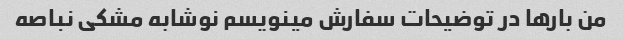
من بارها در توضیحات سفارش مینویسم نوشابه مشکی نباصه